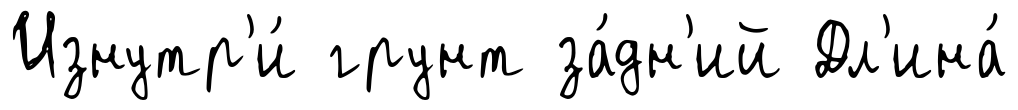
Изнутр'и́ грунт за́дн'ий Дл'ина́